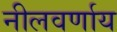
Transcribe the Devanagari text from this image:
नीलवर्णाय